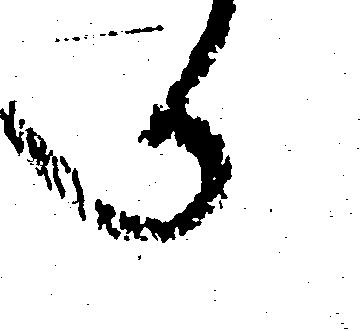
へ